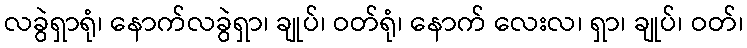
လခွဲရှာရုံ၊ နောက်လခွဲရှာ၊ ချုပ်၊ ဝတ်ရုံ၊ နောက် လေးလ၊ ရှာ၊ ချုပ်၊ ဝတ်၊